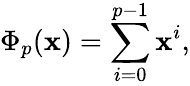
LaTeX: \Phi_{p}(\mathbf{x})=\sum_{i=0}^{p-1}\mathbf{x}^{i},